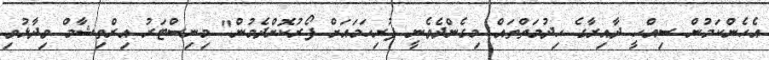
އެހެންކަމުން ސިއްހީ ދާއިރާގެ ހިދުމަތްތައް މިގެންދެވެނީ ފުރިހަމައަށް ފޯރުކޮށްދެމުން" މިނިސްޓަރު އިރްތިޝާމް ވިދާޅުވި